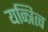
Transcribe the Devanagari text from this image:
यन्त्रित्व